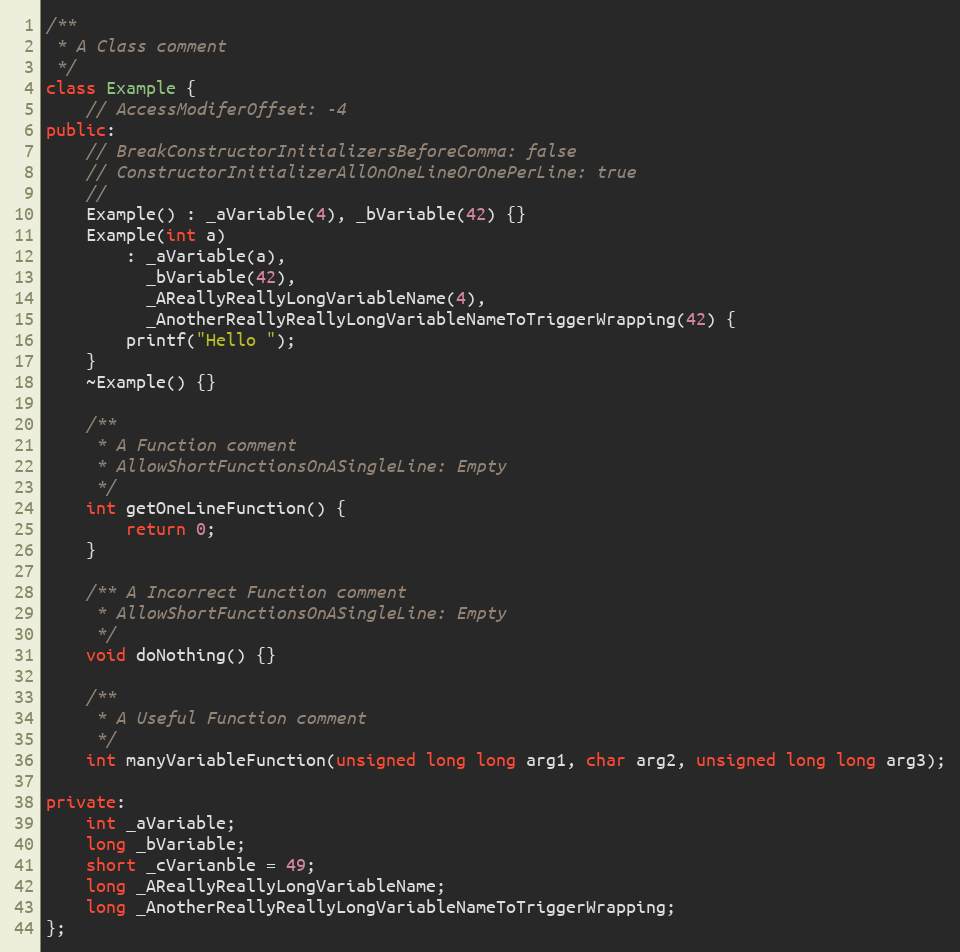
Language: C++
/**
 * A Class comment
 */
class Example {
    // AccessModiferOffset: -4
public:
    // BreakConstructorInitializersBeforeComma: false
    // ConstructorInitializerAllOnOneLineOrOnePerLine: true
    //
    Example() : _aVariable(4), _bVariable(42) {}
    Example(int a)
        : _aVariable(a),
          _bVariable(42),
          _AReallyReallyLongVariableName(4),
          _AnotherReallyReallyLongVariableNameToTriggerWrapping(42) {
        printf("Hello ");
    }
    ~Example() {}

    /**
     * A Function comment
     * AllowShortFunctionsOnASingleLine: Empty
     */
    int getOneLineFunction() {
        return 0;
    }

    /** A Incorrect Function comment
     * AllowShortFunctionsOnASingleLine: Empty
     */
    void doNothing() {}

    /**
     * A Useful Function comment
     */
    int manyVariableFunction(unsigned long long arg1, char arg2, unsigned long long arg3);

private:
    int _aVariable;
    long _bVariable;
    short _cVarianble = 49;
    long _AReallyReallyLongVariableName;
    long _AnotherReallyReallyLongVariableNameToTriggerWrapping;
};